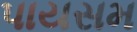
પાયસમ